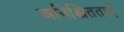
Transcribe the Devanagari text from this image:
अनिश्चितताएँ